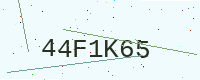
Text: 44F1K65